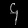
Digit: ၄